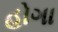
હોગા